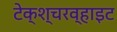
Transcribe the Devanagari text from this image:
टेक्श्चरव्हाइट